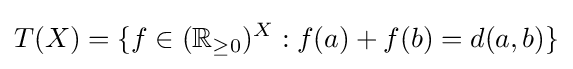
T(X)=\{f\in (\mathbb {R} _{\geq 0})^{X}:f(a)+f(b)=d(a,b)\}